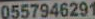
0557946291